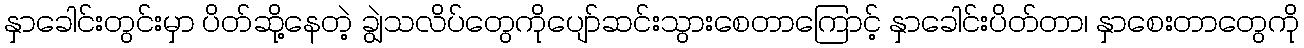
နှာခေါင်းတွင်းမှာ ပိတ်ဆို့နေတဲ့ ချွဲသလိပ်တွေကိုပျော်ဆင်းသွားစေတာကြောင့် နှာခေါင်းပိတ်တာ၊ နှာစေးတာတွေကို